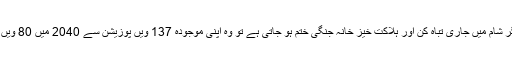
ماہرین کا خیال ہے کہ اگر شام میں جاری تباہ کن اور ہلاکت خیز خانہ جنگی ختم ہو جاتی ہے تو وہ اپنی موجودہ 137 ویں پوزیشن سے 2040 میں 80 ویں پوزیشن پر چلا جائے گا۔